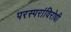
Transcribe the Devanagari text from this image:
परस्परांविरोधी